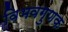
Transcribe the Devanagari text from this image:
विभवगुणक